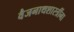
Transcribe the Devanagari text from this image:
वैजनाथशास्त्रींना